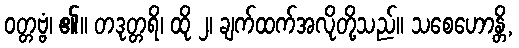
ဝတ္တဗ္ဗံ၊ ၏။ တဒုတ္တရိ၊ ထို ၂၊ ချက်ထက်အလိုတို့သည်။ သစေဟောန္တိ,